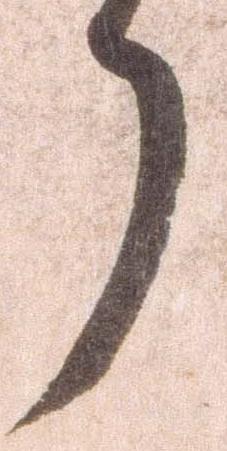
了